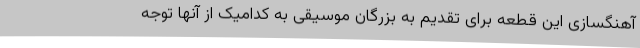
آهنگسازی این قطعه برای تقدیم به بزرگان موسیقی به کدامیک از آنها توجه